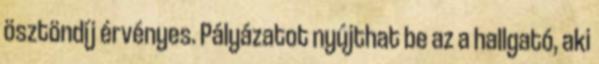
ösztöndíj érvényes. Pályázatot nyújthat be az a hallgató, aki